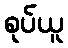
စုပ်ယူ